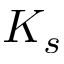
K _ { s }